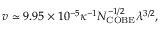
v \simeq 9 . 9 5 \times 1 0 ^ { - 5 } \kappa ^ { - 1 } N _ { \mathrm { C O B E } } ^ { - 1 / 2 } \lambda ^ { 3 / 2 } ,